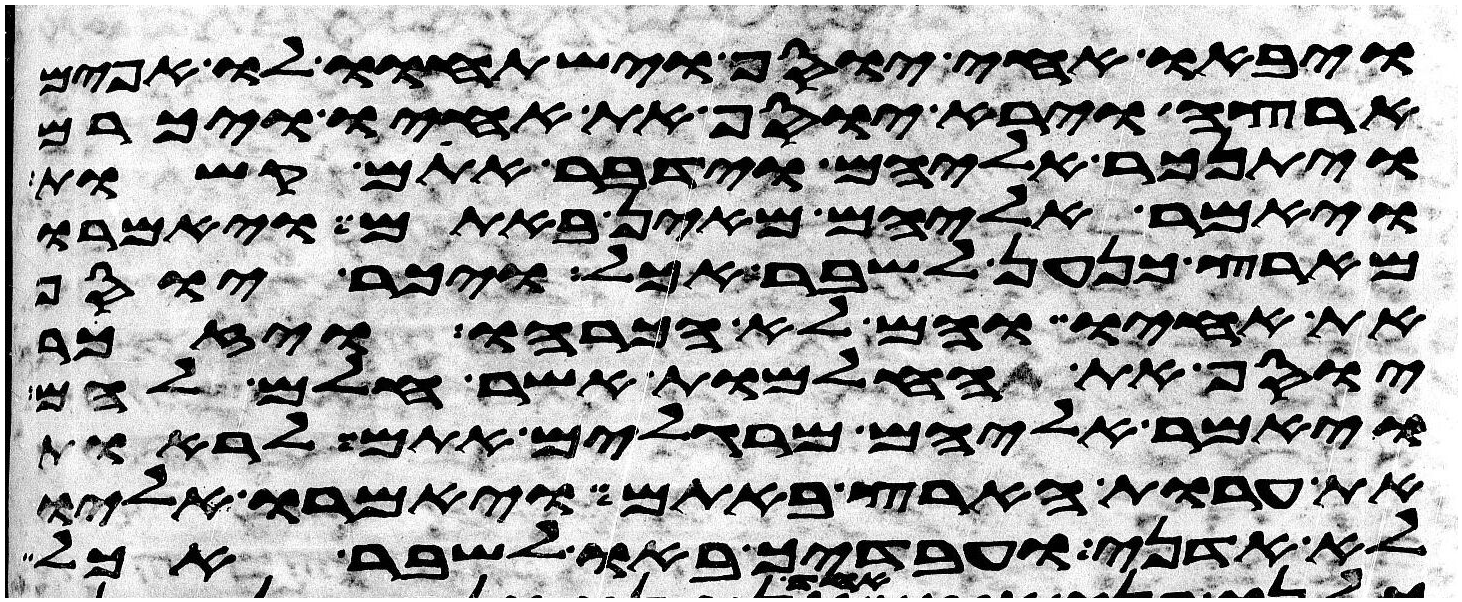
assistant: ויבאו אחי יוסף וישתחוו לו אפים
ארצה וירא יוסף את אחיו ויכרם
ויתנכר אליהם וידבר אתם קשות
ויאמר אליהם מאין באתם ויאמרו
מארץ כנען לשבר אכל ויכר יוסף
את אחיו והם לא הכרהו ויזכר
יוסף את החלמות אשר חלם להם
ויאמר אליהם מרגלים אתם לראות
את ערות הארץ באתם ויאמרו אליו
לא אדני ועבדיך באו לשבר אכל